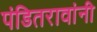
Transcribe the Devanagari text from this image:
पंडितरावांनी